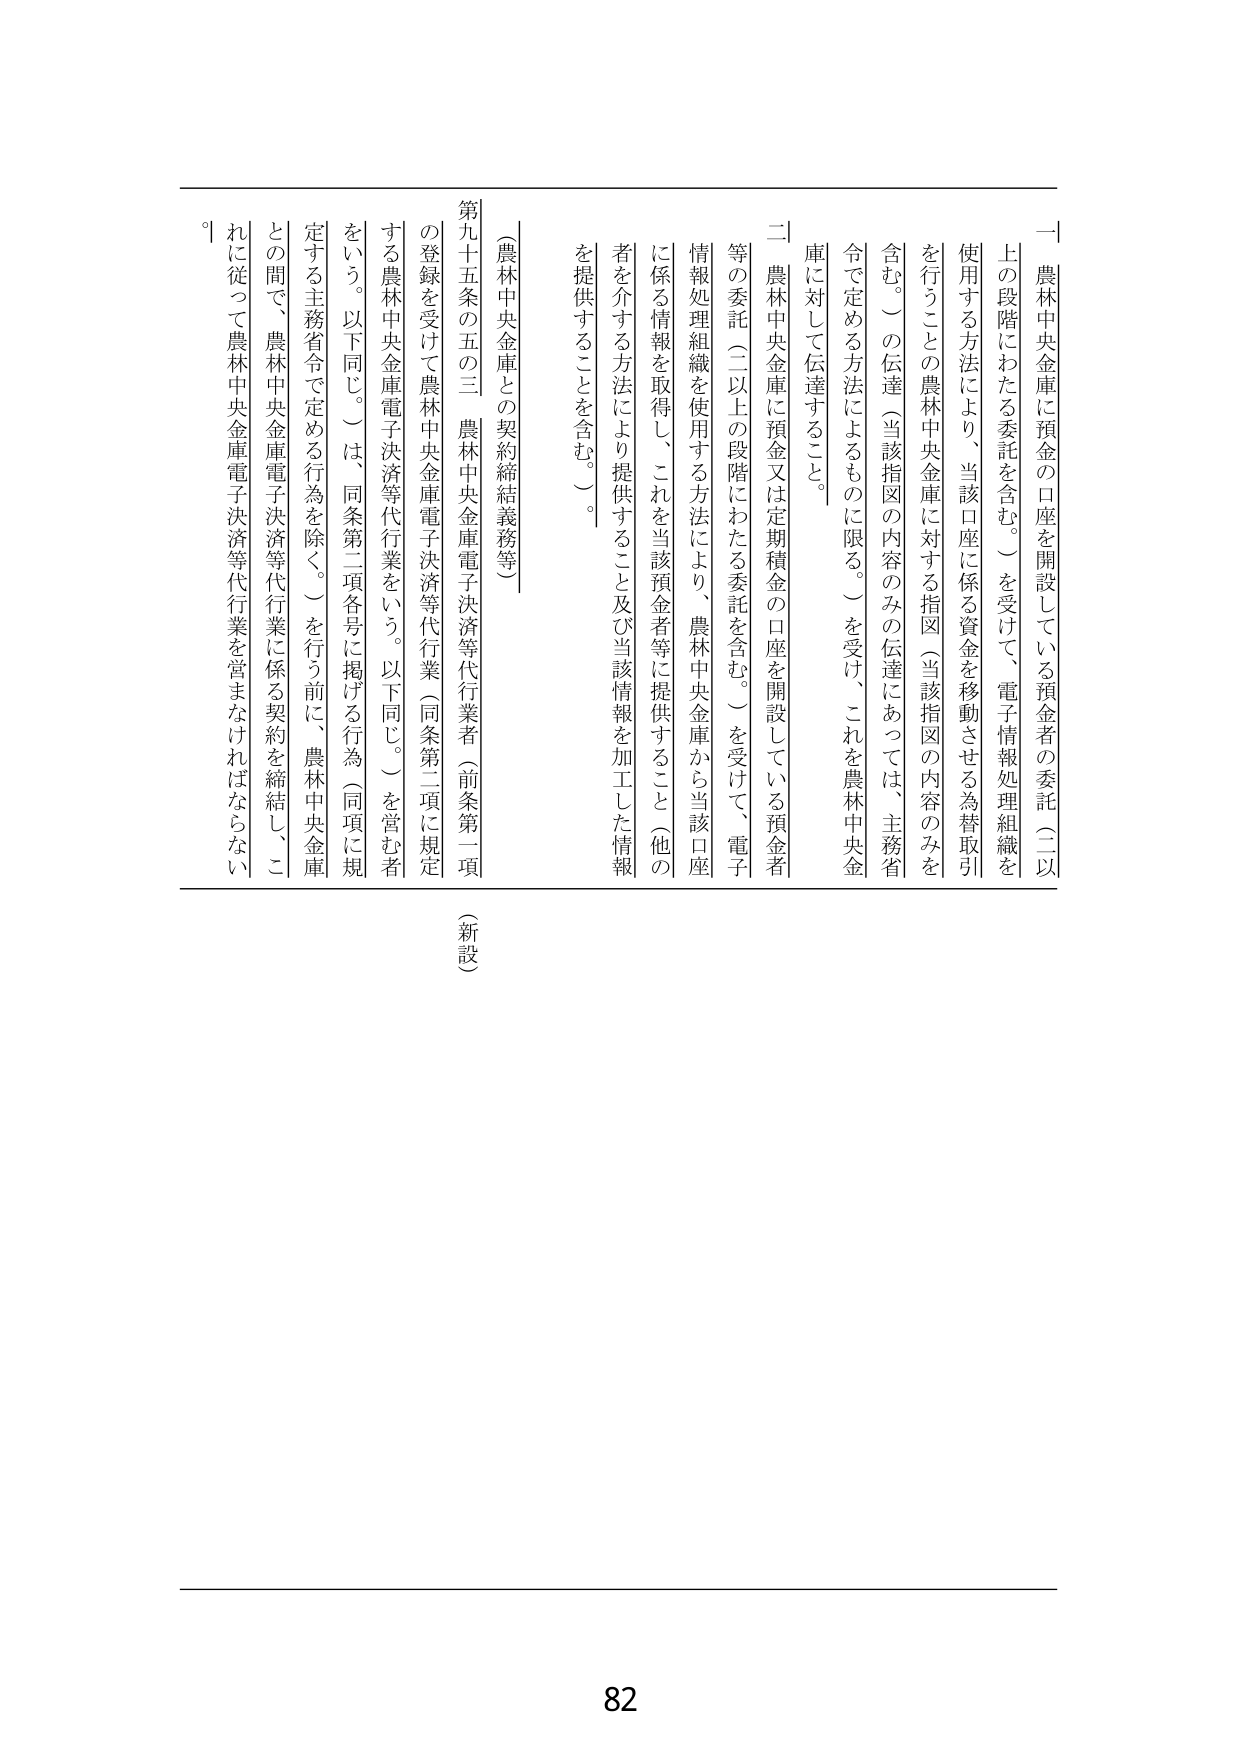
一 農林中央金庫に預金の口座を開設している預金者の委託（二以上の段階にわたる委託を含む。）を受けて、電子情報処理組織を使用する方法により、当該口座に係る資金を移動させる為替取引を行うことの農林中央金庫に対する指図（当該指図の内容のみを含む。）の伝達（当該指図の内容のみの伝達にあっては、主務省令で定める方法によるものに限る。）を受け、これを農林中央金庫に対して伝達すること。

二 農林中央金庫に預金又は定期積金の口座を開設している預金者等の委託（二以上の段階にわたる委託を含む。）を受けて、電子情報処理組織を使用する方法により、農林中央金庫から当該口座に係る情報を取得し、これを当該預金者等に提供すること（他の者を介する方法により提供すること及び当該情報を加工した情報を提供することを含む。）。

（農林中央金庫との契約締結義務等）

第九十五条の五の三 農林中央金庫電子決済等代行業者（前条第一項の登録を受けて農林中央金庫電子決済等代行業（同条第二項に規定する農林中央金庫電子決済等代行業をいう。以下同じ。）を営む者をいう。以下同じ。）は、同条第二項各号に掲げる行為（同項に規定する主務省令で定める行為を除く。）を行う前に、農林中央金庫との間で、農林中央金庫電子決済等代行業に係る契約を締結し、これに従って農林中央金庫電子決済等代行業を営まなければならない。

（新設）

82